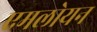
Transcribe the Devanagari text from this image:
एमलोयन